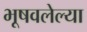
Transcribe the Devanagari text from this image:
भूषवलेल्या